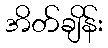
အိတ်ချိန်း